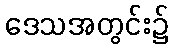
ဒေသအတွင်း၌